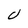
Character: U